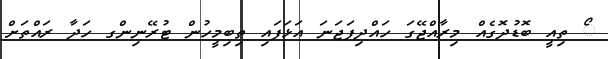
ޯ ތިއީ ބޮޑުދޮގެއް މިރާއްޖޭގަ ހައްދިފަޖަނަ އަޅަފައި ތިބިމީހުން ޓުރޭނިންގ ހަދާ ރައްތަށް